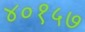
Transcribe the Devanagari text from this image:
४०१५७